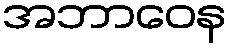
အဘာဝေန